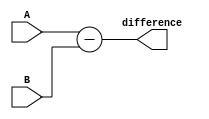
module comb_subtractor (
    input [7:0] A,
    input [7:0] B,
    output [7:0] difference
);

assign difference = A - B;

endmodule